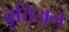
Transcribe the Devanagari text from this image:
बृत्तिअन